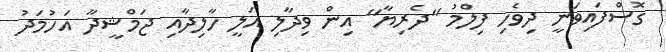
ގޮސްފައިވަނީ ދިވެހި ފިލްމު "ދެރިޔާ" އިން ވިދާލި އަލީ ހާލިދާއި ޖަމްޝީދާ އަހުމަދު